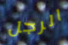
الرجل